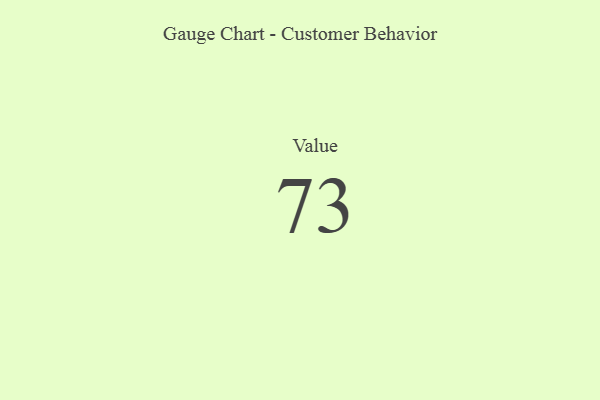
{"axis": {"x": "Metric", "y": "Value"}, "legend": [""], "data": [{"x": "Value", "y": 73, "type": ""}]}